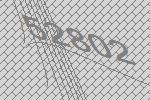
52802